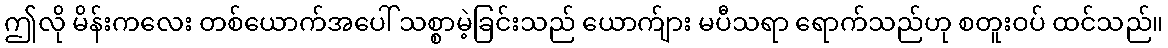
ဤလို မိန်းကလေး တစ်ယောက်အပေါ် သစ္စာမဲ့ခြင်းသည် ယောက်ျား မပီသရာ ရောက်သည်ဟု စတူးဝပ် ထင်သည်။